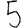
Digit: 5